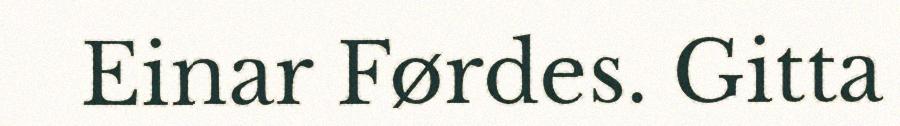
Einar Førdes. Gitta